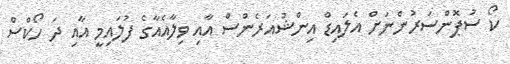
ކޯ ސުޕޮންސަރުންނަށް އެލައިޑް އިންޝުއަރެންސް އާއި ވިލާއެއާގެ ފުލައިމީ އާއި ދަ ހޯކްސް